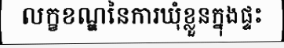
លក្ខខណ្ឌនៃការឃុំខ្លួនក្នុងផ្ទះ